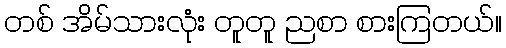
တစ် အိမ်သားလုံး တူတူ ညစာ စားကြတယ်။